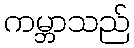
ကမ္ဘာသည်